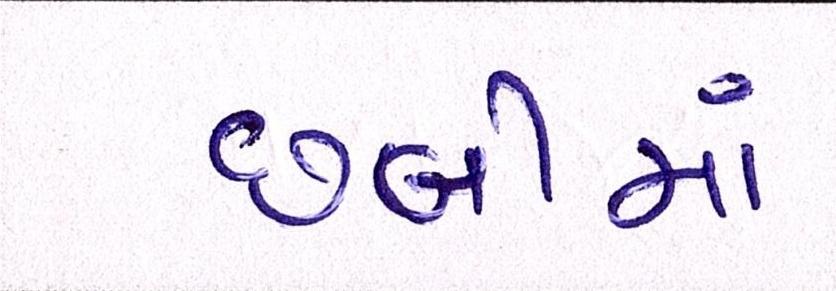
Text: છબીમાં